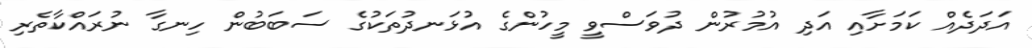
އަދަދެއް ކަމަށާއި އަދި އުމުރުން ދުވަސްވީ މީހުންގެ އުޅަނދުތަކުގެ ސަބަބުން ހިނގާ ނުރައްކާތެރި